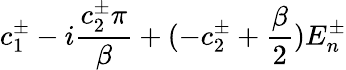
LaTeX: c_{1}^{\pm}-i\frac{c_{2}^{\pm}\pi}{\beta}+(-c_{2}^{\pm}+\frac{\beta}{2})E_{n}^{\pm}